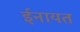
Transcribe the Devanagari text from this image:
ईनायत